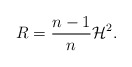
\begin{align*}R=\frac{n-1}{n}\mathcal{H}^2.\end{align*}